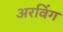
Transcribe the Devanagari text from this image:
अरविंग